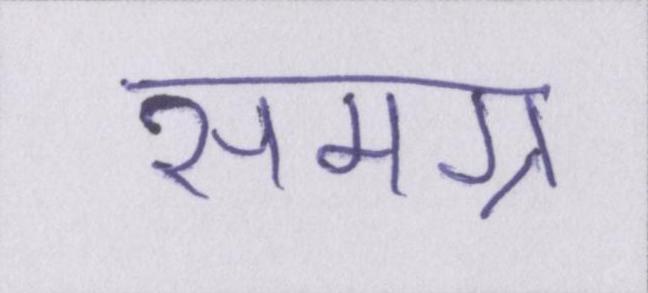
समग्र